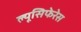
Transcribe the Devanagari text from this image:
ल्यूसिफेरेस